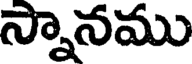
స్నానము